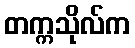
တက္ကသိုလ်က